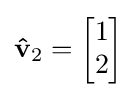
\mathbf {\hat {v}} _{2}={\begin{bmatrix}1\\2\end{bmatrix}}